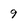
Character: 9